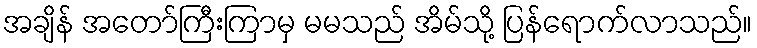
အချိန် အတော်ကြီးကြာမှ မမသည် အိမ်သို့ ပြန်ရောက်လာသည်။